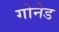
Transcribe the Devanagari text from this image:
गोनेड